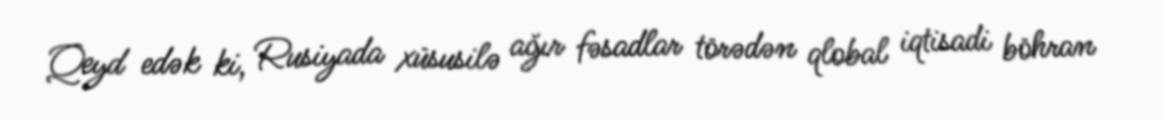
Qeyd edək ki, Rusiyada xüsusilə ağır fəsadlar törədən qlobal iqtisadi böhran